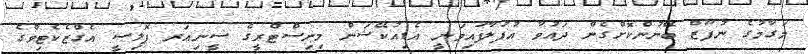
މަގާމުގެ ނުފޫޒް ބޭނުންކޮށްގެން ދައުވާ އުފުލާފައިވަނީ އެޑިއުކޭޝަން މިނިސްޓްރީގެ ސީނިއަރ ޕޮލިސީ އެގްޒެކެޓިވްގެ